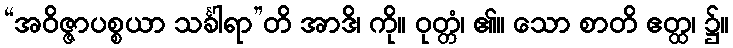
“အဝိဇ္ဇာပစ္စယာ သင်္ခါရာ”တိ အာဒိ၊ ကို။ ဝုတ္တံ၊ ၏။ သော စာတိ ဧတ္ထ၊ ၌။